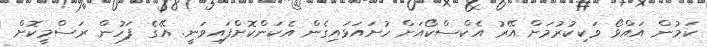
ކަމުން އައްޅޯ ވަކިކުރުމަށް އޭރު އެކްސްކޯއަށް ހުށައަޅައިގެން އެކަންކޮށްފައިވަނީ. އޭގެ ފަހުން ރަސްމީކޮށް